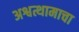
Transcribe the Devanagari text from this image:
अश्वत्थामाचा